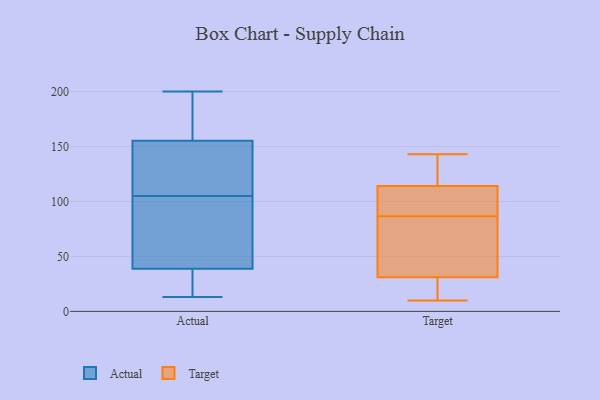
{"axis": {"x": "Market Share (%)", "y": "Value"}, "legend": ["Actual", "Target"], "data": [{"x": "", "y": 164, "type": "Actual"}, {"x": "", "y": 47, "type": "Actual"}, {"x": "", "y": 34, "type": "Actual"}, {"x": "", "y": 13, "type": "Actual"}, {"x": "", "y": 129, "type": "Actual"}, {"x": "", "y": 169, "type": "Actual"}, {"x": "", "y": 105, "type": "Actual"}, {"x": "", "y": 99, "type": "Actual"}, {"x": "", "y": 200, "type": "Actual"}, {"x": "", "y": 115, "type": "Actual"}, {"x": "", "y": 120, "type": "Actual"}, {"x": "", "y": 59, "type": "Actual"}, {"x": "", "y": 166, "type": "Actual"}, {"x": "", "y": 197, "type": "Actual"}, {"x": "", "y": 15, "type": "Actual"}, {"x": "", "y": 108, "type": "Actual"}, {"x": "", "y": 102, "type": "Actual"}, {"x": "", "y": 36, "type": "Actual"}, {"x": "", "y": 29, "type": "Actual"}, {"x": "", "y": 16, "type": "Target"}, {"x": "", "y": 31, "type": "Target"}, {"x": "", "y": 119, "type": "Target"}, {"x": "", "y": 10, "type": "Target"}, {"x": "", "y": 109, "type": "Target"}, {"x": "", "y": 84, "type": "Target"}, {"x": "", "y": 62, "type": "Target"}, {"x": "", "y": 114, "type": "Target"}, {"x": "", "y": 143, "type": "Target"}, {"x": "", "y": 89, "type": "Target"}]}